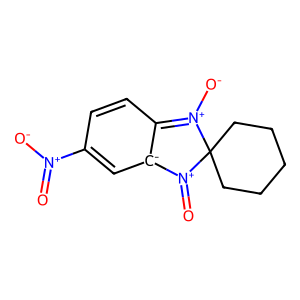
SMILES: O=[N+]([O-])C1=C[C-]2C(=[N+]([O-])C3(CCCCC3)[N+]2=O)C=C1
Inhibits HIV replication: No